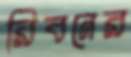
রিবনের